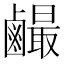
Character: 䴝